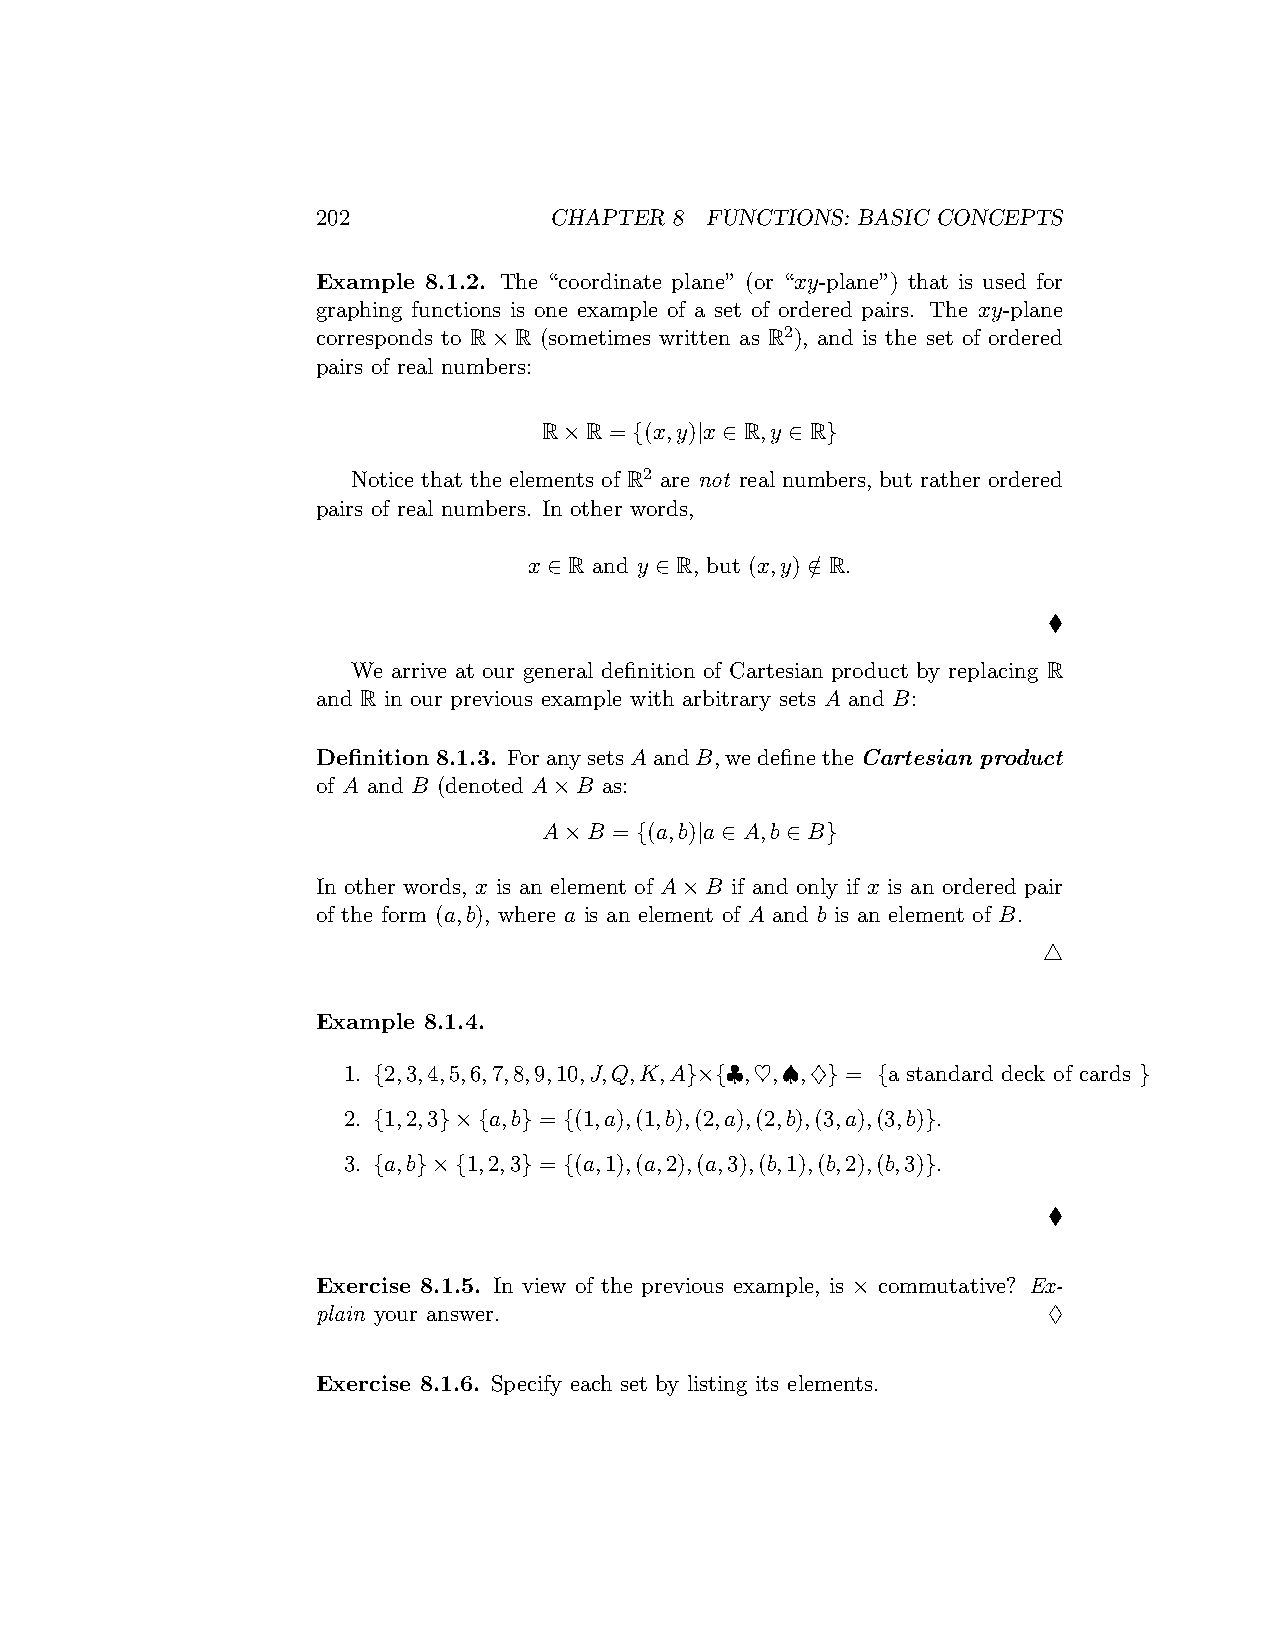
202            CHAPTER  8 FUNCTIONS: BASIC CONCEPTS
 Example 8.1.2. The “coordinate plane” (or “xy-plane”) that is used for
 graphing functions is one example of a set of ordered pairs. The xy-plane
 corresponds to R×R (sometimes written as R2), and is the set of ordered
 pairs of real numbers:
 R×R = {(x,y)|x ∈ R,y ∈ R}
 Notice that the elements of R2 are not real numbers, but rather ordered
 pairs of real numbers. In other words,
 x ∈ R and y ∈ R, but (x,y) ∈/ R.
 ♦
 We arrive at our general definition of Cartesian product by replacing R
 and R in our previous example with arbitrary sets A and B:
 Definition 8.1.3. ForanysetsAandB, wedefinetheCartesian product
 of A and B (denoted A×B as:
 A×B = {(a,b)|a ∈ A,b ∈ B}
 In other words, x is an element of A×B if and only if x is an ordered pair
 of the form (a,b), where a is an element of A and b is an element of B.
 △
 Example 8.1.4.
 1. {2,3,4,5,6,7,8,9,10,J,Q,K,A}×{♣,♡,♠,♢} = {a standard deck of cards }
 2. {1,2,3}×{a,b} = {(1,a),(1,b),(2,a),(2,b),(3,a),(3,b)}.
 3. {a,b}×{1,2,3} = {(a,1),(a,2),(a,3),(b,1),(b,2),(b,3)}.
 ♦
 Exercise 8.1.5. In view of the previous example, is × commutative? Ex-
 plain your answer.                              ♢
 Exercise 8.1.6. Specify each set by listing its elements.